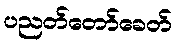
ပညတ်တော်ခေတ်